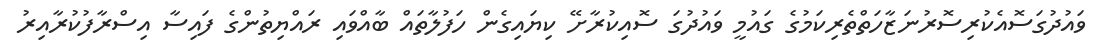
ވައުދުގަސޮއެކުރިސޮރުނަޒާހަތްތެރިކަމުގެ ގައުމީ ވައުދުގަ ސޮއިކުރާށޭ ކިޔައިގެން ހަފުލާތައް ބާއްވައި ރައްޔިތުންގެ ފައިސާ އިސްރާފުކުރާއިރު